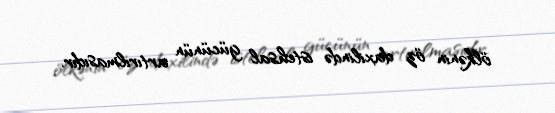
ölkənin öz daxilində istehsal gücünün artırılmasıdır.